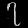
Digit: ၇